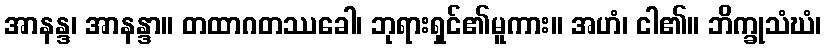
အာနန္ဒ၊ အာနန္ဒာ။ တထာဂတဿခေါ၊ ဘုရားရှင်၏မူကား။ အဟံ၊ ငါ၏။ ဘိက္ခုသံဃံ၊